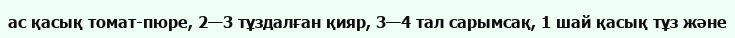
ас қасық томат-пюре, 2—3 тұздалған қияр, 3—4 тал сарымсақ, 1 шай қасық тұз және